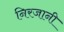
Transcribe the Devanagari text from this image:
निरजानी